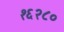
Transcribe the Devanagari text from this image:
१६२८०